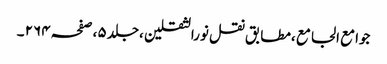
جوامع الجامع ،مطابق نقل نورالثقلین ،جلد ٥ ،صفحہ ٢٦٤ ۔